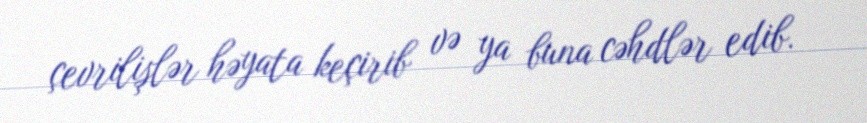
çevrilişlər həyata keçirib və ya buna cəhdlər edib.